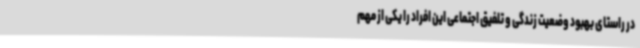
در راستای بهبود وضعیت زندگی و تلفیق اجتماعی این افراد را یکی از مهم